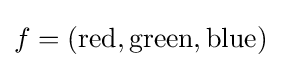
f=({\text{red}},{\text{green}},{\text{blue}})